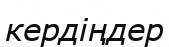
кердіңдер